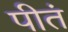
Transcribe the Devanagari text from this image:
पीतं